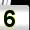
Digit: 5